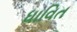
ધાવિત